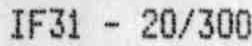
IF31 - 20/300